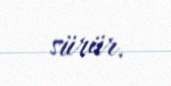
sürür.